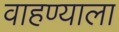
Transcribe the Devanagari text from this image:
वाहण्याला